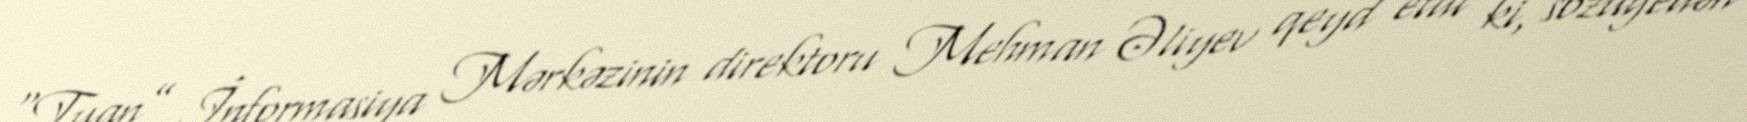
“Tuan” İnformasiya Mərkəzinin direktoru Mehman Əliyev qeyd etdi ki, sözügedən